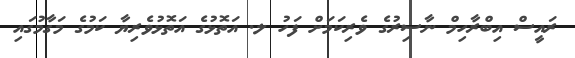
ރައީސް އިބްރާހިމް ނާސިރުގެ ވެރިކަމަށް ފަހު ލ. އަތޮޅުގެ އަތޮޅުވެރިޔާ ކަމުގެ މަގާމުގައި